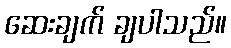
ဆေးချက် ချပါသည်။